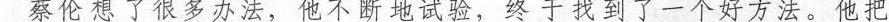
蔡伦想了很多办法，他不断地试验，终于找到了一个好方法。他把